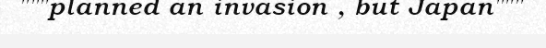
"""planned an invasion , but Japan"""